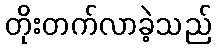
တိုးတက်လာခဲ့သည်